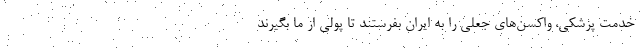
خدمت پزشکی، واکسن‌های جعلی را به ایران بفرستند تا پولی از ما بگیرند